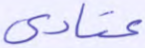
عتادى